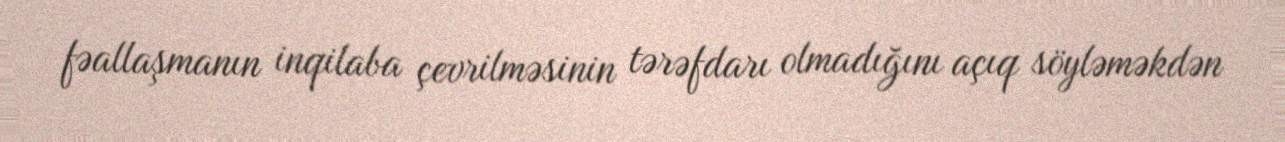
fəallaşmanın inqilaba çevrilməsinin tərəfdarı olmadığını açıq söyləməkdən